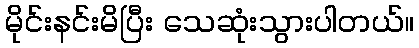
မိုင်းနင်းမိပြီး သေဆုံးသွားပါတယ်။